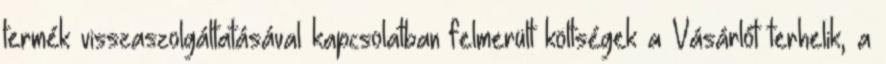
termék visszaszolgáltatásával kapcsolatban felmerült költségek a Vásárlót terhelik, a